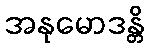
အနုမောဒန္တိ